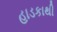
હાડકાથી